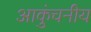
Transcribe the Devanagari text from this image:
आकुंचनीय